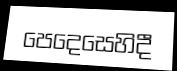
පෙදෙසෙහිදී